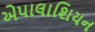
એપાલાશિયન